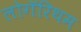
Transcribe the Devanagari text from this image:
लोगॅरिथम